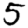
Digit: 5